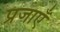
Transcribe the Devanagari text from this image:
प्रजाएँ